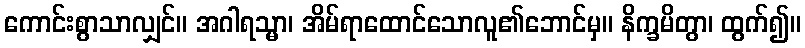
ကောင်းစွာသာလျှင်။ အဂါရသ္မာ၊ အိမ်ရာထောင်သောလူ၏ဘောင်မှ။ နိက္ခမိတွာ၊ ထွက်၍။